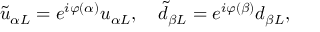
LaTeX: \tilde { u } _ { \alpha L } = e ^ { i \varphi ( \alpha ) } u _ { \alpha L } , \quad \tilde { d } _ { \beta L } = e ^ { i \varphi ( \beta ) } d _ { \beta L } ,